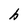
Character: h